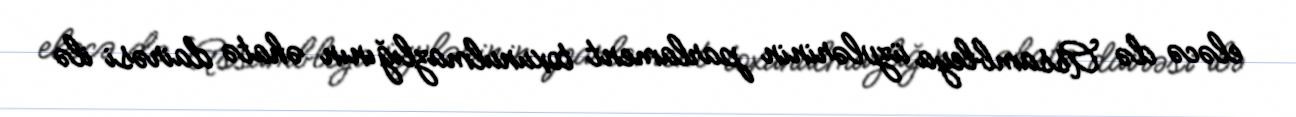
eləcə də Assambleya üzvlərinin parlament toxunulmazlığının əhatə dairəsi ilə